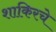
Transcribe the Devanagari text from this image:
शाकिरचे